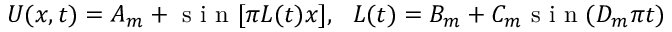
U ( x , t ) = A _ { m } + \mathrm { ~ s ~ i ~ n ~ } [ \pi L ( t ) x ] , \ \ L ( t ) = B _ { m } + C _ { m } \mathrm { ~ s ~ i ~ n ~ } ( D _ { m } \pi t )